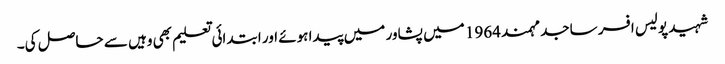
شہید پولیس افسر ساجد مہمند 1964 میں پشاور میں پیدا ہوئے اور ابتدائی تعلیم بھی وہیں سے حاصل کی۔